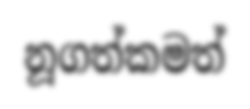
නූගත්කමත්